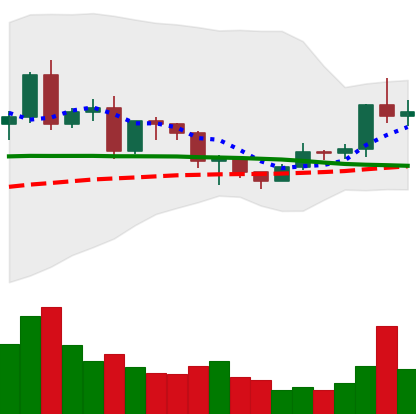
Ticker: EOS-USD
Chart end date: 2020-12-18
Forward return: -24.74%
Label: down_7plus